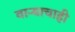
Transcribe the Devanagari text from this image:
वाऱ्याचाही